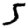
Digit: 5